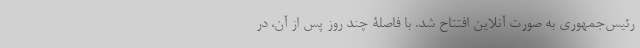
رئیس‌جمهوری به صورت آنلاین افتتاح شد. با فاصلۀ چند روز پس از آن، در